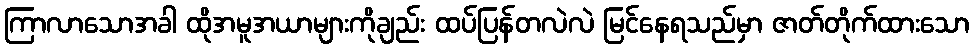
ကြာလာသောအခါ ထိုအမူအယာများကိုချည်း ထပ်ပြန်တလဲလဲ မြင်နေရသည်မှာ ဇာတ်တိုက်ထားသော